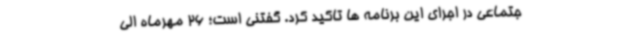
جتماعی در اجرای این برنامه ها تاکید کرد. گفتنی است؛ 26 مهرماه الی